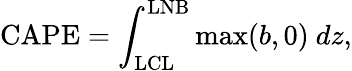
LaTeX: \mathrm{CAPE}=\int_{\mathrm{LCL}}^{\mathrm{LNB}}\mathrm{max}(b,0)\ dz,